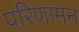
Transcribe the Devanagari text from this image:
परिणामन